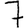
Digit: 7